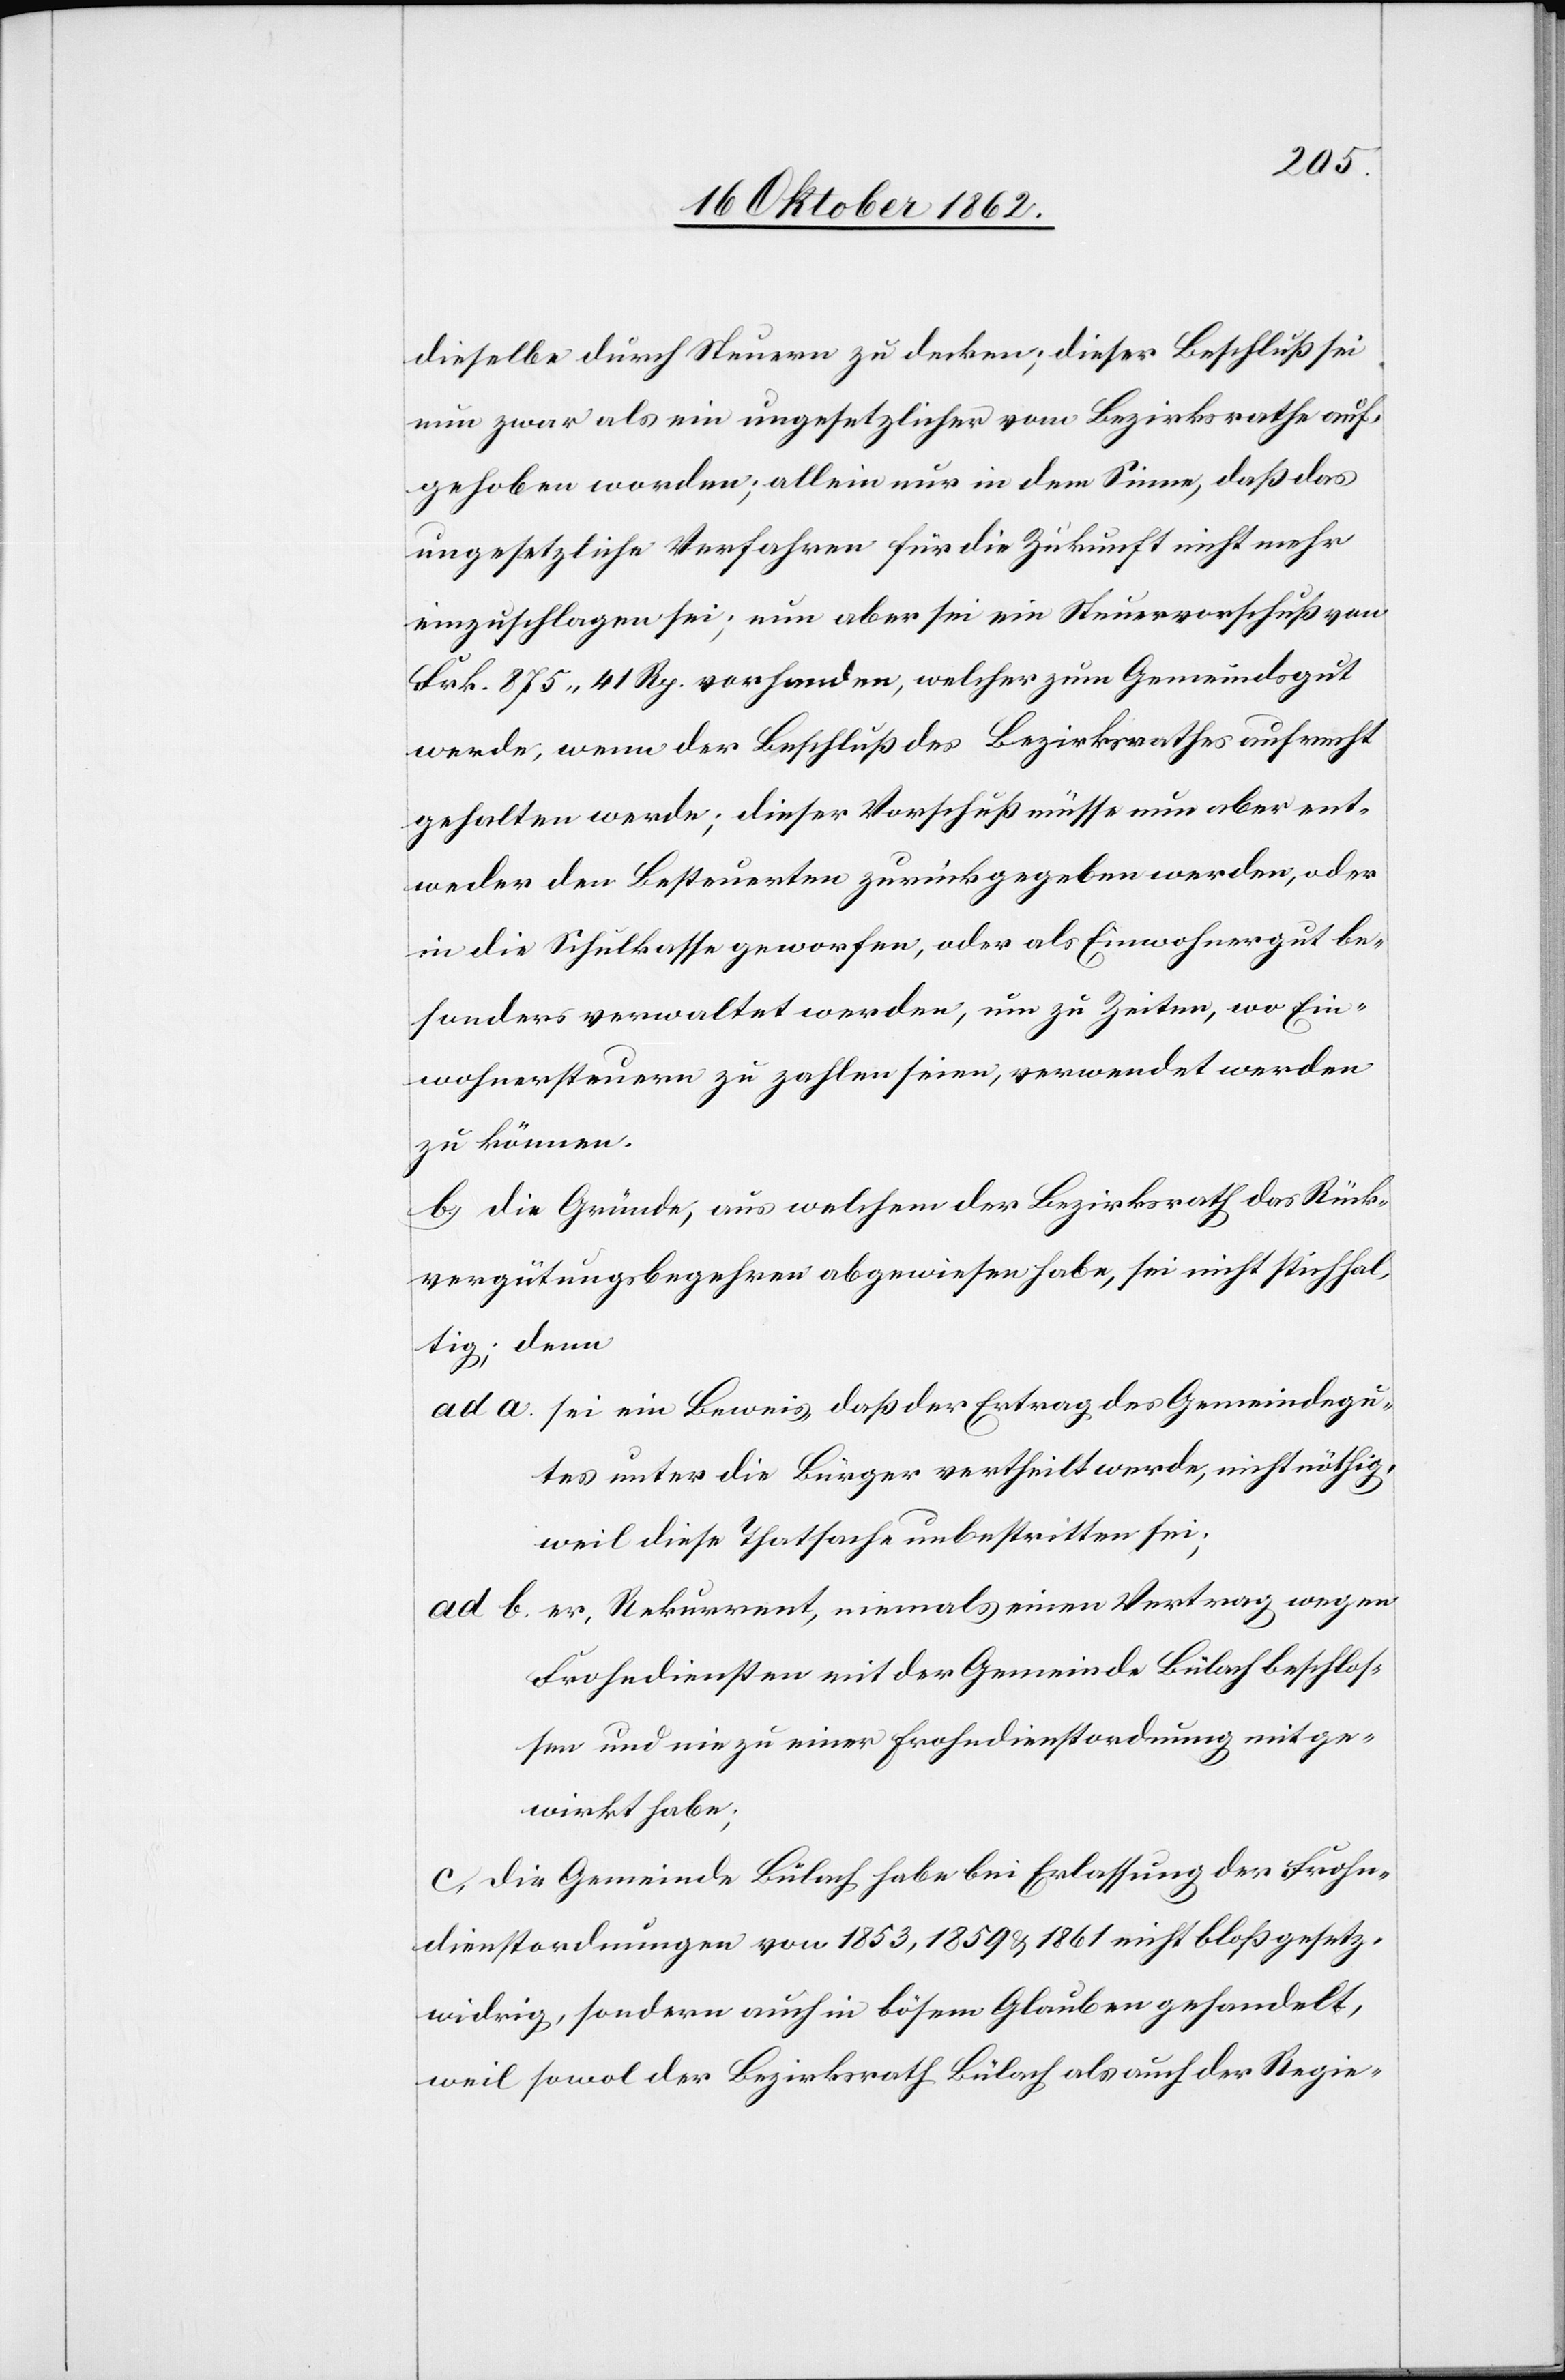
dieselbe durch Steuern zu decken; dieser Beschluß sei
nun zwar als ein ungesetzlicher vom Bezirksrathe auf¬
gehoben worden; allein nur in dem Sinne, daß das
ungesetzliche Verfahren für die Zukunft nicht mehr
einzuschlagen sei; nun aber sei ein Steuervorschuß von
Frk. 875 41 Rp. vorhanden, welcher zum Gemeindsgut
werde, wenn der Beschluß des Bezirksrathes aufrecht
gehalten werde; dieser Vorschuß müsse nun aber ent¬
weder den Besteuerten zurückgegeben werden, oder
in die Schulkasse geworfen, oder als Einwohnergut be¬
sonders verwaltet werden, um zu Zeiten, wo Ein¬
wohnersteuern zu zahlen seien, verwendet werden
zu können.
b. Die Gründe, aus welchem der Bezirksrath das Rück¬
vergütungsbegehren abgewiesen habe, sei nicht stichhal¬
tig, denn
ad a. sei ein Beweis, daß der Ertrag des Gemeindsgu¬
tes unter die Bürger vertheilt werde, nicht nöthig,
weil diese Thatsache unbestritten sei;
ad b. er, Rekurrent, niemals einen Vertrag wegen
Frohndiensten mit der Gemeinde Bülach beschlos¬
sen und nie zu einer Frohndienstordnung mit ge¬
wirkt habe;
c. Die Gemeinde Bülach habe bei Erlassung der Frohn¬
dienstordnungen von 1853, 1859 u. 1861 nicht bloß gesetz¬
widrig, sondern auch in bösem Glauben gehandelt,
weil sowol der Bezirksrath Bülach als auch der Regie-